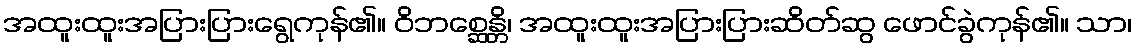
အထူးထူးအပြားပြားရွေကုန်၏။ ဝိဘစ္ဆေန္တိ၊ အထူးထူးအပြားပြားဆိတ်ဆွ ဖောင်ခွဲကုန်၏။ သာ၊